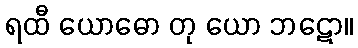
ရထီ ယောဓော တု ယော ဘဋော။